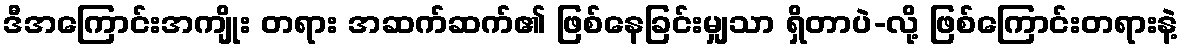
ဒီအကြောင်းအကျိုး တရား အဆက်ဆက်၏ ဖြစ်နေခြင်းမျှသာ ရှိတာပဲ-လို့ ဖြစ်ကြောင်းတရားနဲ့